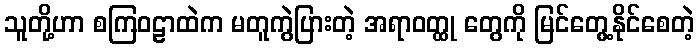
သူတို့ဟာ စကြဝဠာထဲက မတူကွဲပြားတဲ့ အရာဝတ္ထု တွေကို မြင်တွေ့နိုင်စေတဲ့